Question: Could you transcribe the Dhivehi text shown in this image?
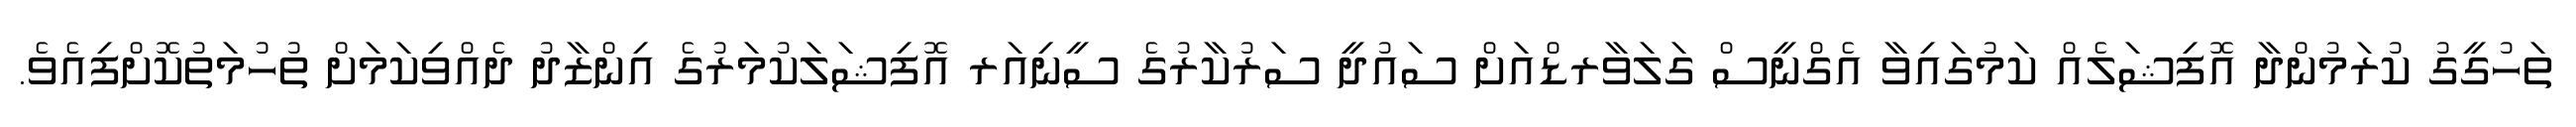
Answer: ތަހުގީގު ކުރަމުންދާ އޮފިޝަލެއް ކަމުގައިވާ އެގްނީސް ގަލަވާރޑްއަށް ސައުދީ ސަރުކާރުގެ ސީނިއަރ އޮފިޝަލަކުމަރުގެ އިންޒާދު ދެއްވިކަމަށް ތުހުމަތުކޮށްފިއެވެ.